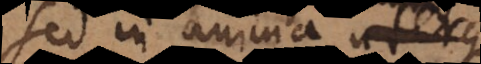
Sed in anima uterque